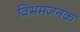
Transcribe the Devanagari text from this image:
विभ्रमजनक